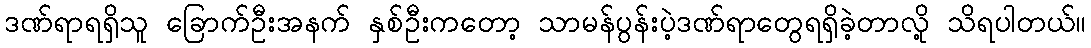
ဒဏ်ရာရရှိသူ ခြောက်ဦးအနက် နှစ်ဦးကတော့ သာမန်ပွန်းပဲ့ဒဏ်ရာတွေရရှိခဲ့တာလို့ သိရပါတယ်။